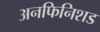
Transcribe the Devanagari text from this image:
अनफिनिशड